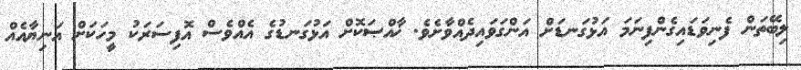
ލިބޭތަން ފެނިވަޑައިގެންފިނަމަ އަޅުގަނޑަށް އަންގަވައިދެއްވާށެވެ. ޚާއްޞަކޮށް އަޅުގަނޑުގެ އެއްވެސް އޮފިސަރަކު މީހަކަށް އަނިޔާއެއް